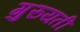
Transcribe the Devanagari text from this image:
गुरुयती